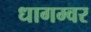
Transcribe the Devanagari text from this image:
धागम्वर